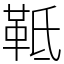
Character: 䩚